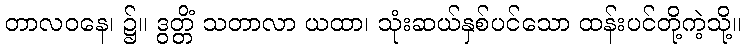
တာလဝနေ၊ ၌။ ဒွတ္တိံ သတာလာ ယထာ၊ သုံးဆယ်နှစ်ပင်သော ထန်းပင်တို့ကဲ့သို့။